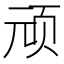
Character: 顽